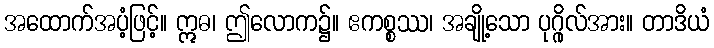
အထောက်အပံ့ဖြင့်။ ဣဓ၊ ဤလောက၌။ ဧကစ္စဿ၊ အချို့သော ပုဂ္ဂိုလ်အား။ တာဒိယံ